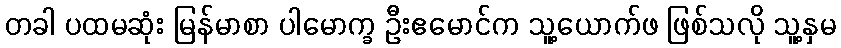
တခါ ပထမဆုံး မြန်မာစာ ပါမောက္ခ ဦးဧမောင်က သူ့ယောက်ဖ ဖြစ်သလို သူ့နှမ